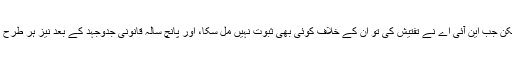
متعلقہ 5لوگوں کو سیمی سے تعلقات ہونے کے شبہ میں گرفتار کیا تھا لیکن جب این آئی اے نے تفتیش کی تو ان کے خلاف کوئی بھی ثبوت نہیں مل سکا، اور پانچ سالہ قانونی جدوجہد کے بعد نیز ہر طرح کی اذیتیں برداشت کرنے کے بعد اب وہ “باعزت” رہا کر دئیے گئے ہیں۔